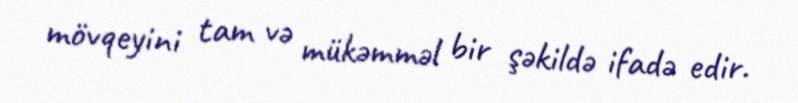
mövqeyini tam və mükəmməl bir şəkildə ifadə edir.